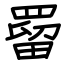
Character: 罶